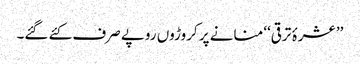
’’عشرۂ ترقی‘‘ منانے پر کروڑوں روپے صرف کئے گئے۔